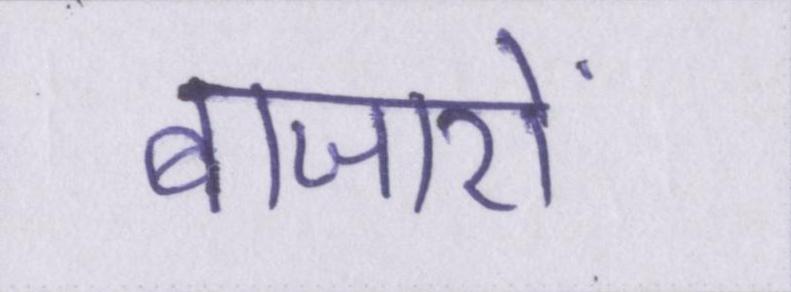
बाजारों